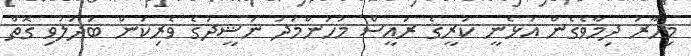
މިހާރު ދިމާވެގެން އުޅެނީ ކުރީގެ ރައީސް މުހަންމަދު ނަޝީދުގެ ވެރިކަން ބަދަލުވި ގޮތް